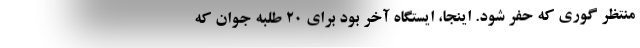
منتظر گوري كه حفر شود. اينجا، ايستگاه آخر بود براي 20 طلبه جوان كه